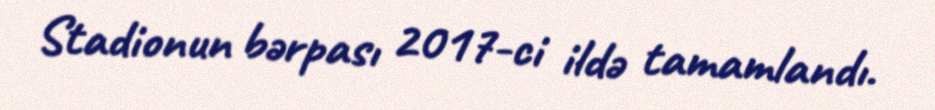
Stadionun bərpası 2017-ci ildə tamamlandı.